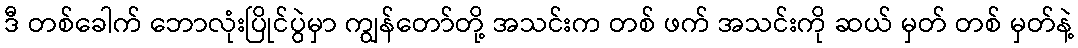
ဒီ တစ်ခေါက် ဘောလုံးပြိုင်ပွဲမှာ ကျွန်တော်တို့ အသင်းက တစ် ဖက် အသင်းကို ဆယ် မှတ် တစ် မှတ်နဲ့